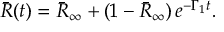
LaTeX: \bar { R } ( t ) = \bar { R } _ { \infty } + ( 1 - \bar { R } _ { \infty } ) \, e ^ { - \Gamma _ { 1 } t } .